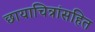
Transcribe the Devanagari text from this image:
छायाचित्रांसहित